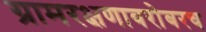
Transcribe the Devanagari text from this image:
ग्रामरक्षणाबरोबरच